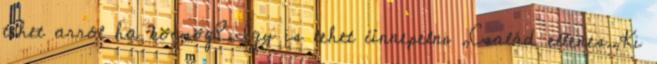
tehet arról ha köcsög?,Így is lehet ünnepelni ,Család ellenes.,Ki